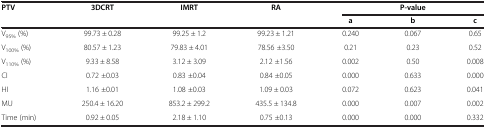
<table><thead><tr><td rowspan="2"><b>PTV</b></td><td rowspan="2"><b>3DCRT</b></td><td rowspan="2"><b>IMRT</b></td><td rowspan="2"><b>RA</b></td><td colspan="3"><b>P-value</b></td></tr><tr><td><b>a</b></td><td><b>b</b></td><td><b>c</b></td></tr></thead><tbody><tr><td>V<sub>95%</sub> (%)</td><td>99.73 ± 0.28</td><td>99.25 ± 1.2</td><td>99.23 ± 1.21</td><td>0.240</td><td>0.067</td><td>0.65</td></tr><tr><td>V<sub>100% </sub>(%)</td><td>80.57 ± 1.23</td><td>79.83 ± 4.01</td><td>78.56 ±3.50</td><td>0.21</td><td>0.23</td><td>0.52</td></tr><tr><td>V<sub>110% </sub>(%)</td><td>9.33 ± 8.58</td><td>3.12 ± 3.09</td><td>2.12 ±1.56</td><td>0.002</td><td>0.50</td><td>0.008</td></tr><tr><td>CI</td><td>0.72 ±0.03</td><td>0.83 ±0.04</td><td>0.84 ±0.05</td><td>0.000</td><td>0.633</td><td>0.000</td></tr><tr><td>HI</td><td>1.16 ±0.01</td><td>1.08 ±0.03</td><td>1.09 ± 0.03</td><td>0.072</td><td>0.623</td><td>0.041</td></tr><tr><td>MU</td><td>250.4 ± 16.20</td><td>853.2 ± 299.2</td><td>435.5 ± 134.8</td><td>0.000</td><td>0.007</td><td>0.002</td></tr><tr><td>Time (min)</td><td>0.92 ± 0.05</td><td>2.18 ± 1.10</td><td>0.75 ±0.13</td><td>0.000</td><td>0.000</td><td>0.332</td></tr></tbody></table>